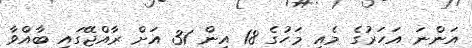
އަންނަ އަހަރުގެ މެއި މަހުގެ 18 އިން 31 އަށް ރާއްޖޭގައި ބާއްވާ